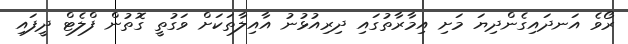
ރޯވެ އަނދައިގެންދިޔަ މަށި އިމާރާތުގައި ދިރިއުޅުނު އާއިލާތަކަށް ވަގުތީ ގޮތުން ފްލެޓް ދީފައި